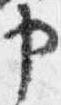
申